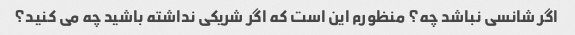
اگر شانسی نباشد چه؟ منظورم این است که اگر شریکی نداشته باشید چه می کنید؟